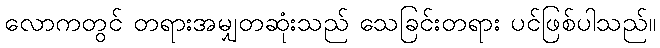
လောကတွင် တရားအမျှတဆုံးသည် သေခြင်းတရား ပင်ဖြစ်ပါသည်။